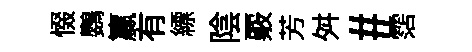
惙鸚籯有縹陰覈芳舛#霑